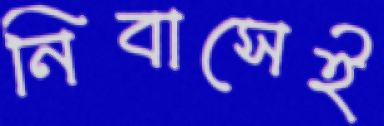
নিবাসেই